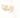
ربما